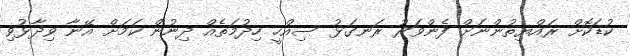
ކުޑަކޮށް ރައްޔިތުންނަށް ފެންވަރު ރަނގަޅު ސިއްހީ ހިދުމަތެއް ދިނުން ކަމަށް އޭނާ ވިދާޅުވި